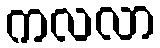
ကလလာ